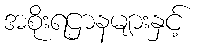
အစိုးရဌာနများနှင့်